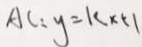
A C : y = k \times 5 1